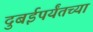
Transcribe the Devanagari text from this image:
दुबईपर्यंतच्या